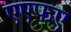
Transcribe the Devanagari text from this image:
एएफए